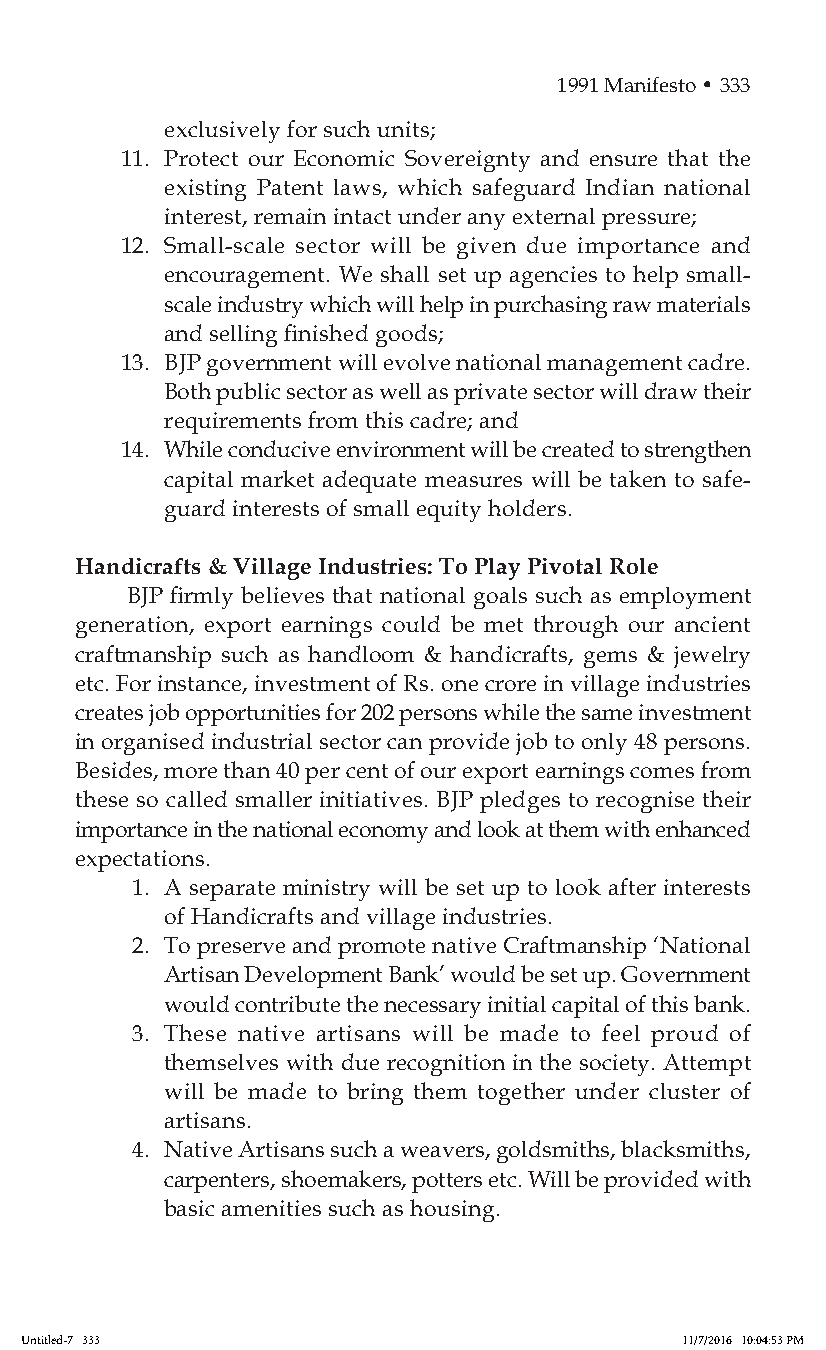
1991 Manifesto • 333
 exclusively for such units;
 11. Protect our Economic Sovereignty and ensure that the
 existing Patent laws, which safeguard Indian national
 interest, remain intact under any external pressure;
 12. Small-scale sector will be given due importance and
 encouragement. We shall set up agencies to help small-
 scale industry which will help in purchasing raw materials
 and selling finished goods;
 13. BJP government will evolve national management cadre.
 Both public sector as well as private sector will draw their
 requirements from this cadre; and
 14. While conducive environment will be created to strengthen
 capital market adequate measures will be taken to safe-
 guard interests of small equity holders.
 Handicrafts & Village Industries: To Play Pivotal Role
 BJP firmly believes that national goals such as employment
 generation, export earnings could be met through our ancient
 craftmanship such as handloom & handicrafts, gems & jewelry
 etc. For instance, investment of Rs. one crore in village industries
 creates job opportunities for 202 persons while the same investment
 in organised industrial sector can provide job to only 48 persons.
 Besides, more than 40 per cent of our export earnings comes from
 these so called smaller initiatives. BJP pledges to recognise their
 importance in the national economy and look at them with enhanced
 expectations.
 1. A separate ministry will be set up to look after interests
 of Handicrafts and village industries.
 2. To preserve and promote native Craftmanship ‘National
 Artisan Development Bank’ would be set up. Government
 would contribute the necessary initial capital of this bank.
 3. These native artisans will be made to feel proud of
 themselves with due recognition in the society. Attempt
 will be made to bring them together under cluster of
 artisans.
 4. Native Artisans such a weavers, goldsmiths, blacksmiths,
 carpenters, shoemakers, potters etc. Will be provided with
 basic amenities such as housing.
 Untitled-7 333                              11/7/2016 10:04:53 PM